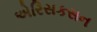
એરિસકસન